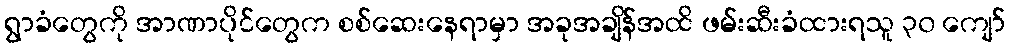
ရွာခံတွေကို အာဏာပိုင်တွေက စစ်ဆေးနေရာမှာ အခုအချိန်အထိ ဖမ်းဆီးခံထားရသူ ၃၀ ကျော်